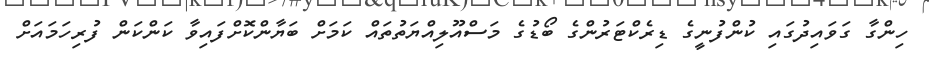
ހިންގާ ގަވައިދުގައި ކުންފުނީގެ ޑިރެކްޓަރުންގެ ބޯޑުގެ މަސްއޫލިއްޔަތުތައް ކަމަށް ބަޔާންކޮށްފައިވާ ކަންކަން ފުރިހަމައަށް